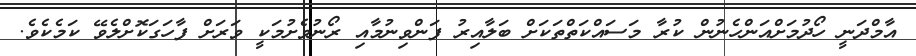
އާމްދަނީ ހޯދުމަށްއަންހެނުން ކުރާ މަސައްކަތްތަކަށް ބަލާއިރު ފަންވިނުމާއި ރޯނުވެށުމަކީ ވަރަށް ފާހަގަކޮށްލެވޭ ކަމެކެވެ.